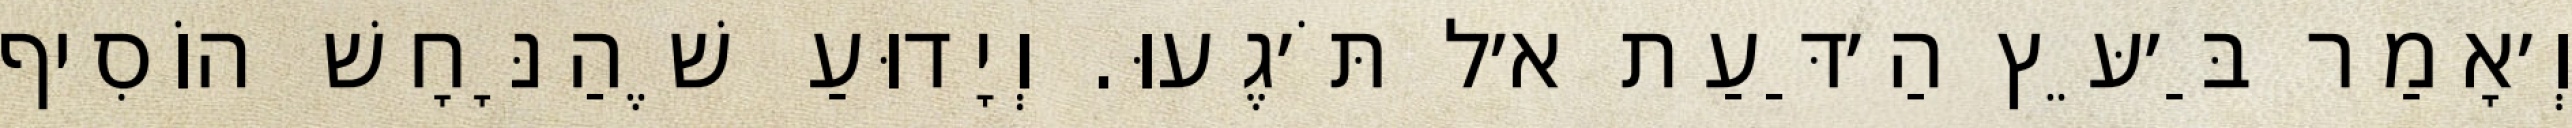
וְ׳אָמַר בַּ׳עֵּץ הַ׳דַּעַת א׳ל תֹּ׳גֶעוּ. וְיָדוּעַ שֶׁהַנָּחָשׁ הוֹסִיף